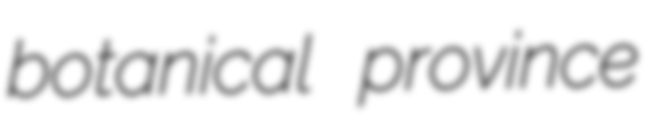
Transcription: botanical province